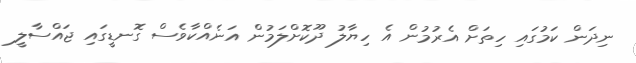
ނިދަން ކަމުގައި ހިތަށް އެރުމުން އެ ހިޔާލު ދޫކޮށްލަމުން އަނެއްކާވެސް ގޮނޑީގައި ޖައްސާލީ